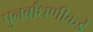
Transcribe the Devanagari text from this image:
पुनर्बांधणीकडे